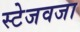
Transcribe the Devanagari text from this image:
स्टेजवजा